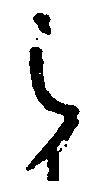
之